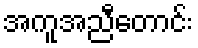
အကူအညီတောင်း